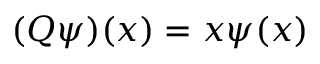
( Q \psi ) ( x ) = x \psi ( x )